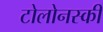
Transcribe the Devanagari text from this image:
टोलोनस्की